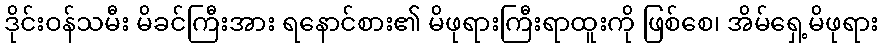
ဒိုင်းဝန်သမီး မိခင်ကြီးအား ရနောင်စား၏ မိဖုရားကြီးရာထူးကို ဖြစ်စေ၊ အိမ်ရှေ့မိဖုရား